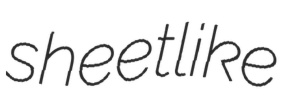
sheetlike